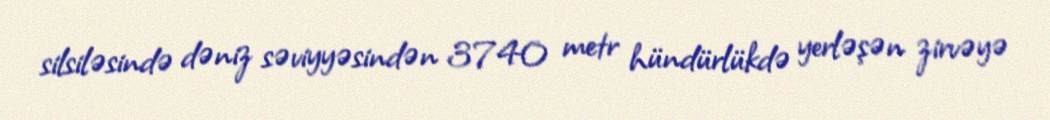
silsiləsində dəniz səviyyəsindən 3740 metr hündürlükdə yerləşən zirvəyə